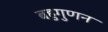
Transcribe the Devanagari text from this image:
बहुगुणन